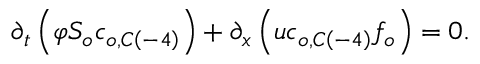
\partial _ { t } \left( \varphi S _ { o } c _ { o , C \left( - 4 \right) } \right) + \partial _ { x } \left( u c _ { o , C \left( - 4 \right) } f _ { o } \right) = 0 .